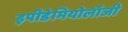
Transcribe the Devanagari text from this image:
इपीडेमियोलॉजी